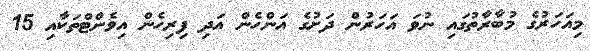
މިއަހަރުގެ މުބާރާތުގައި ނުވަ އަހަރުން ދަށުގެ އަންހެން އަދި ފިރިހެން އިވެންޓްތަކާއި 15